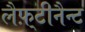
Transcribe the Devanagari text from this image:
लैफ़्टीनैन्ट